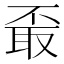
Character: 𦕪